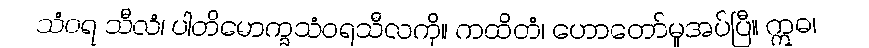
သံဝရ သီလံ၊ ပါတိမောက္ခသံဝရသီလကို။ ကထိတံ၊ ဟောတော်မူအပ်ပြီ။ ဣဓ၊